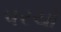
પરચો